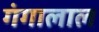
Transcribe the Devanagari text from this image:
गंगालाल